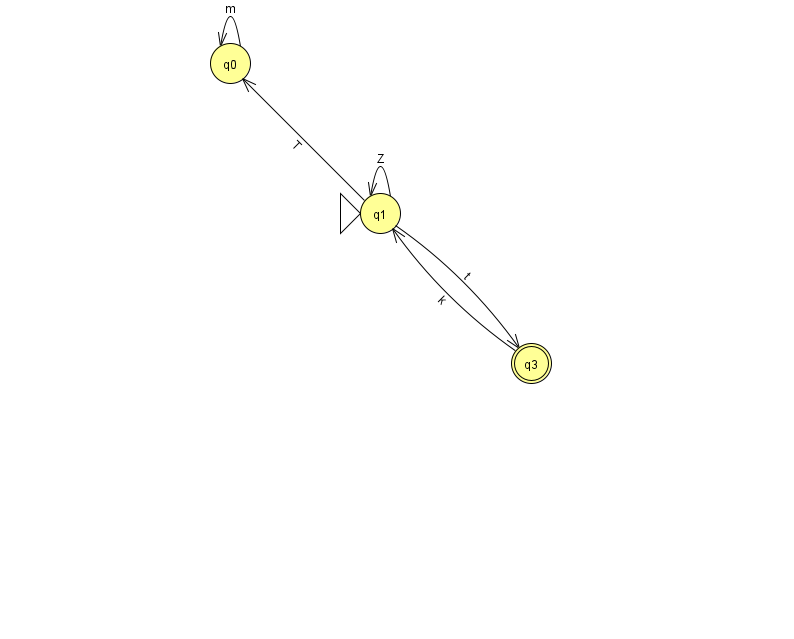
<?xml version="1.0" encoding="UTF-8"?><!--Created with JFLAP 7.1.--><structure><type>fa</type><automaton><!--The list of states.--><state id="0" name="q0"><x>230.0</x><y>50.0</y></state><state id="1" name="q1"><x>380.0</x><y>200.0</y><initial/></state><state id="3" name="q3"><x>531.0</x><y>350.0</y><final/></state><!--The list of transitions.--><transition><from>1</from><to>0</to><read>T</read></transition><transition><from>3</from><to>1</to><read>k</read></transition><transition><from>1</from><to>3</to><read>t</read></transition><transition><from>1</from><to>1</to><read>Z</read></transition><transition><from>0</from><to>0</to><read>m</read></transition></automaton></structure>